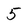
Character: 5